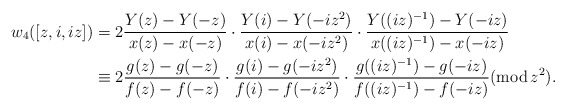
\begin{align*} w_4([z,i,iz]) &= 2\frac{Y(z)-Y(-z)}{x(z)-x(-z)}\cdot\frac{Y(i)-Y(-iz^2)}{x(i)-x(-iz^2)}\cdot\frac{Y((iz)^{-1})-Y(-iz)}{x((iz)^{-1})-x(-iz)}\\ &\equiv 2\frac{g(z)-g(-z)}{f(z)-f(-z)}\cdot\frac{g(i)-g(-iz^2)}{f(i)-f(-iz^2)}\cdot\frac{g((iz)^{-1})-g(-iz)}{f((iz)^{-1})-f(-iz)}(\mathrm{mod}\, z^2). \end{align*}